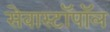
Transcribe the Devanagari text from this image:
सेवास्टॉपॉल